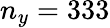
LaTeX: n_{y}=333